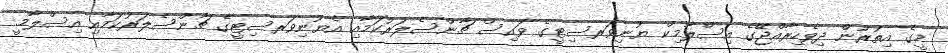
މީގެ އިތުރުން ދިވެހިރާއްޖޭގެ އިސްލާމިކް ޔުނިވަރސިޓީގެ ވައިސް ޗާންސެލަރުކަމާއި އެޔުނިވަރސިޓީގެ ޗާންސެލަރުކަމާއި އިސްލާމީ